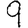
Digit: 9